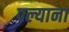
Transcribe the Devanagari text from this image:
पल्याना